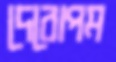
দেবোপম